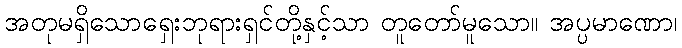
အတုမရှိသောရှေးဘုရားရှင်တို့နှင့်သာ တူတော်မူသော။ အပ္ပမာဏော၊